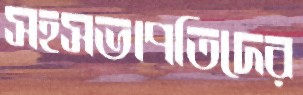
সহসভাপতিদের